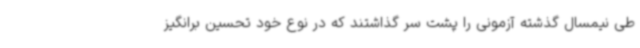
طی نیمسال گذشته آزمونی را پشت سر گذاشتند که در نوع خود تحسین برانگیز